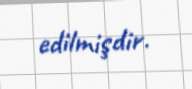
edilmişdir.